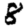
Digit: 8